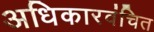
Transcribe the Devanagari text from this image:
अधिकारवंचित